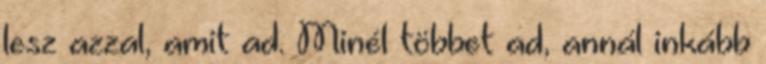
lesz azzal, amit ad. Minél többet ad, annál inkább